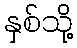
နှစ်သို့